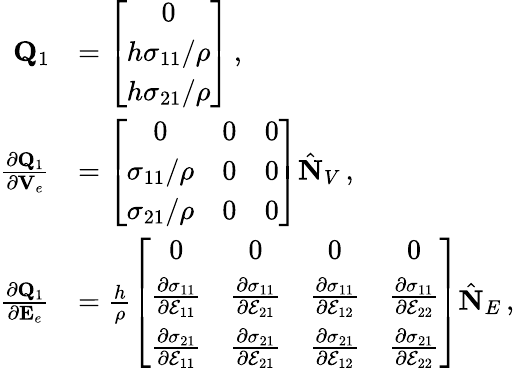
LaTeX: \begin{array}{rl}{{\mathbf Q}_{1}}&{=\left[\begin{array}{c}{0}\\ {h\sigma_{11}/\rho}\\ {h\sigma_{21}/\rho}\end{array}\right]\, ,}\\ {\frac{\partial{\mathbf Q}_{1}}{\partial{\mathbf V}_{e}}}&{=\left[\begin{array}{ccc}{0}&{0}&{0}\\ {\sigma_{11}/\rho}&{0}&{0}\\ {\sigma_{21}/\rho}&{0}&{0}\end{array}\right]\hat{\mathbf N}_{V}\, ,}\\ {\frac{\partial{\mathbf Q}_{1}}{\partial{\mathbf E}_{e}}}&{=\frac{h}{\rho}\left[\begin{array}{cccc}{0}&{0}&{0}&{0}\\ {\frac{\partial\sigma_{11}}{\partial\mathcal{E}_{11}}}&{\frac{\partial\sigma_{11}}{\partial\mathcal{E}_{21}}}&{\frac{\partial\sigma_{11}}{\partial\mathcal{E}_{12}}}&{\frac{\partial\sigma_{11}}{\partial\mathcal{E}_{22}}}\\ {\frac{\partial\sigma_{21}}{\partial\mathcal{E}_{11}}}&{\frac{\partial\sigma_{21}}{\partial\mathcal{E}_{21}}}&{\frac{\partial\sigma_{21}}{\partial\mathcal{E}_{12}}}&{\frac{\partial\sigma_{21}}{\partial\mathcal{E}_{22}}}\end{array}\right]\hat{\mathbf N}_{E}\, ,}\end{array}